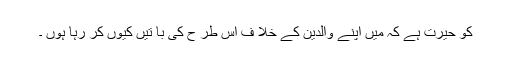
کو حیرت ہے کہ میں اپنے والدین کے خلا ف اس طر ح کی با تیں کیوں کر رہا ہوں ۔